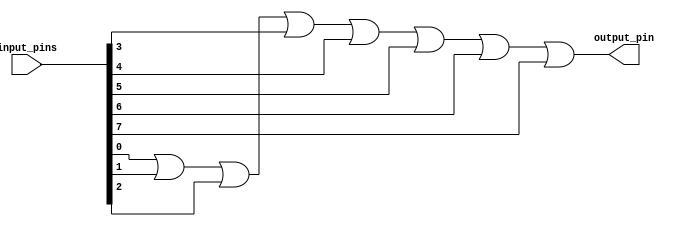
module or_gate(
    input [7:0] input_pins,
    output reg output_pin
);

always @(*)
begin
    output_pin = input_pins[0] | input_pins[1];
    output_pin = output_pin | input_pins[2];
    output_pin = output_pin | input_pins[3];
    output_pin = output_pin | input_pins[4];
    output_pin = output_pin | input_pins[5];
    output_pin = output_pin | input_pins[6];
    output_pin = output_pin | input_pins[7];
end

endmodule